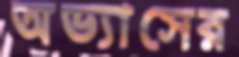
অভ্যাসের